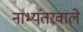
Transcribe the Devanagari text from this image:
नाभ्यंतरवाले